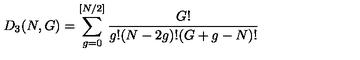
D _ { 3 } ( N , G ) = \sum _ { g = 0 } ^ { [ N / 2 ] } \frac { G ! } { g ! ( N - 2 g ) ! ( G + g - N ) ! }